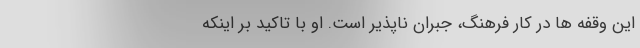
این وقفه ها در کار فرهنگ، جبران ناپذیر است. او با تاکید بر اینکه